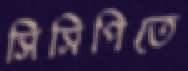
সিসিপিতে